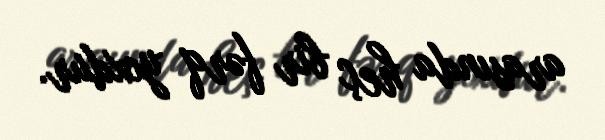
arasında heç bir fərq yoxdur.